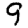
Digit: 9